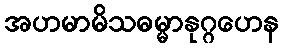
အဟမာမိသဓမ္မာနုဂ္ဂဟေန